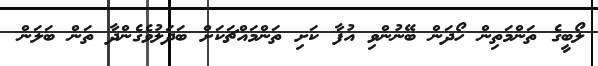
ލޯބީގެ ތަންމަތިން ހޯދަން ބޭނުންވި އުފާ ކަށި ތަންމައްޗަކަށް ބަދަލުވެގެންދާ ތަން ބަލަން